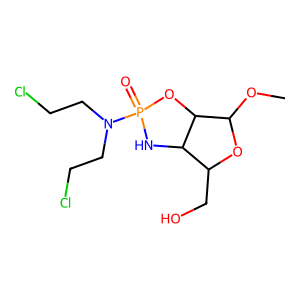
SMILES: COC1OC(CO)C2NP(=O)(N(CCCl)CCCl)OC12
Inhibits HIV replication: No